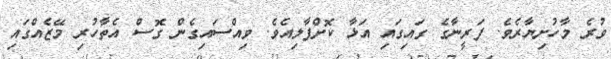
ވުރެ މާހުށިޔާރެވެ. ފަރީނާގެ ގައިގައި އަޅާ ކޮށްޕާލިއެވެ. ވިއްސައިގެން ގޮސް އެތާހުރި މޭޒެއްގައި